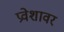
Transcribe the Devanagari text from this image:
प्रवेशावर